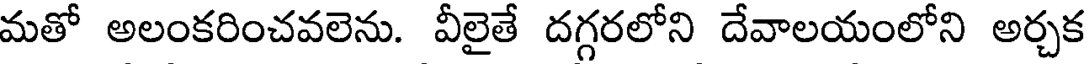
మతో అలంకరించవలెను. వీలైతే దగ్గరలోని దేవాలయంలోని అర్చక